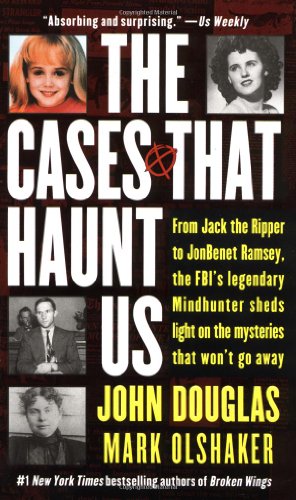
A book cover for The Cases That Haunt Us; John E. Douglas; Biographies & Memoirs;